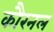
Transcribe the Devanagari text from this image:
कौरनल